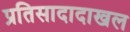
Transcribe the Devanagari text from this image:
प्रतिसादादाखल